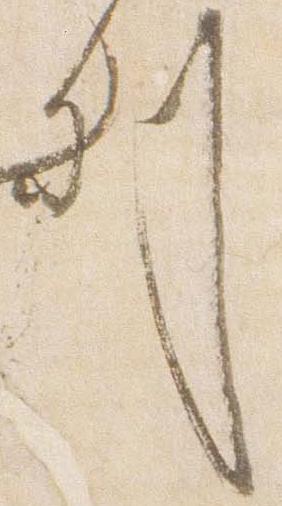
列